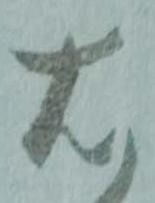
右